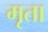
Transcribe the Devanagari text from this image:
मृता